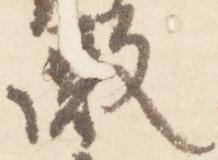
殿